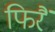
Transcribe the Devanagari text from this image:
फिरैं